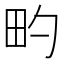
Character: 𬏀